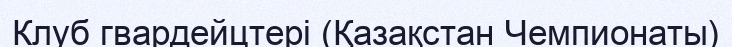
Клуб гвардейцтері (Қазақстан Чемпионаты)